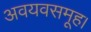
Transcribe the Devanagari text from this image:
अवयवसमूह।